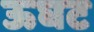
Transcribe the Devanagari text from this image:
ऊघट